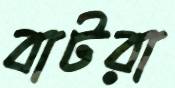
বাটরা